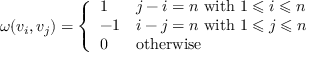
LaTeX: \omega ( v _ { i } , v _ { j } ) = { \left\{ \begin{array} { l l } { 1 } & { j - i = n { \mathrm { ~ w i t h ~ } } 1 \leqslant i \leqslant n } \\ { - 1 } & { i - j = n { \mathrm { ~ w i t h ~ } } 1 \leqslant j \leqslant n } \\ { 0 } & { { \mathrm { o t h e r w i s e } } } \end{array} \right. }